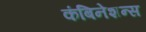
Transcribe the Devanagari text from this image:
कंबिनेशन्स